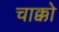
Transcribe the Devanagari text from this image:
चाक्को